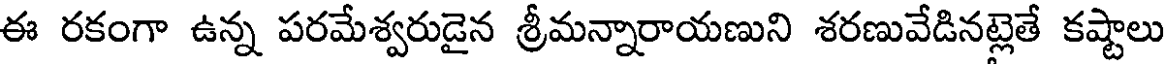
ఈ రకంగా ఉన్న పరమేశ్వరుడైన శ్రీమన్నారాయణుని శరణువేడినట్లెతే కష్టాలు